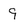
Character: 9